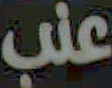
عنب